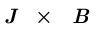
\textit { \textbf { J } } \times \textit { \textbf { B } }